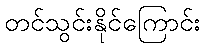
တင်သွင်းနိုင်ကြောင်း